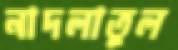
নাদলাতুল